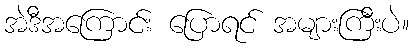
အဲဒီအကြောင်း ပြောရင် အများကြီးပဲ။